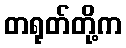
တရုတ်တို့က